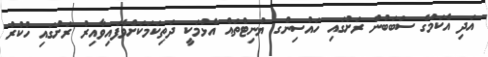
އަދި އެކަމުގެ ސަބަބުން ރަށުގައި ހައުސިންގ ޔުނިޓްތައް އެޅުމަކީ ދަތިކަމަކަށްވެފައިވާއިރު ރަށުގައި ހުކުރު